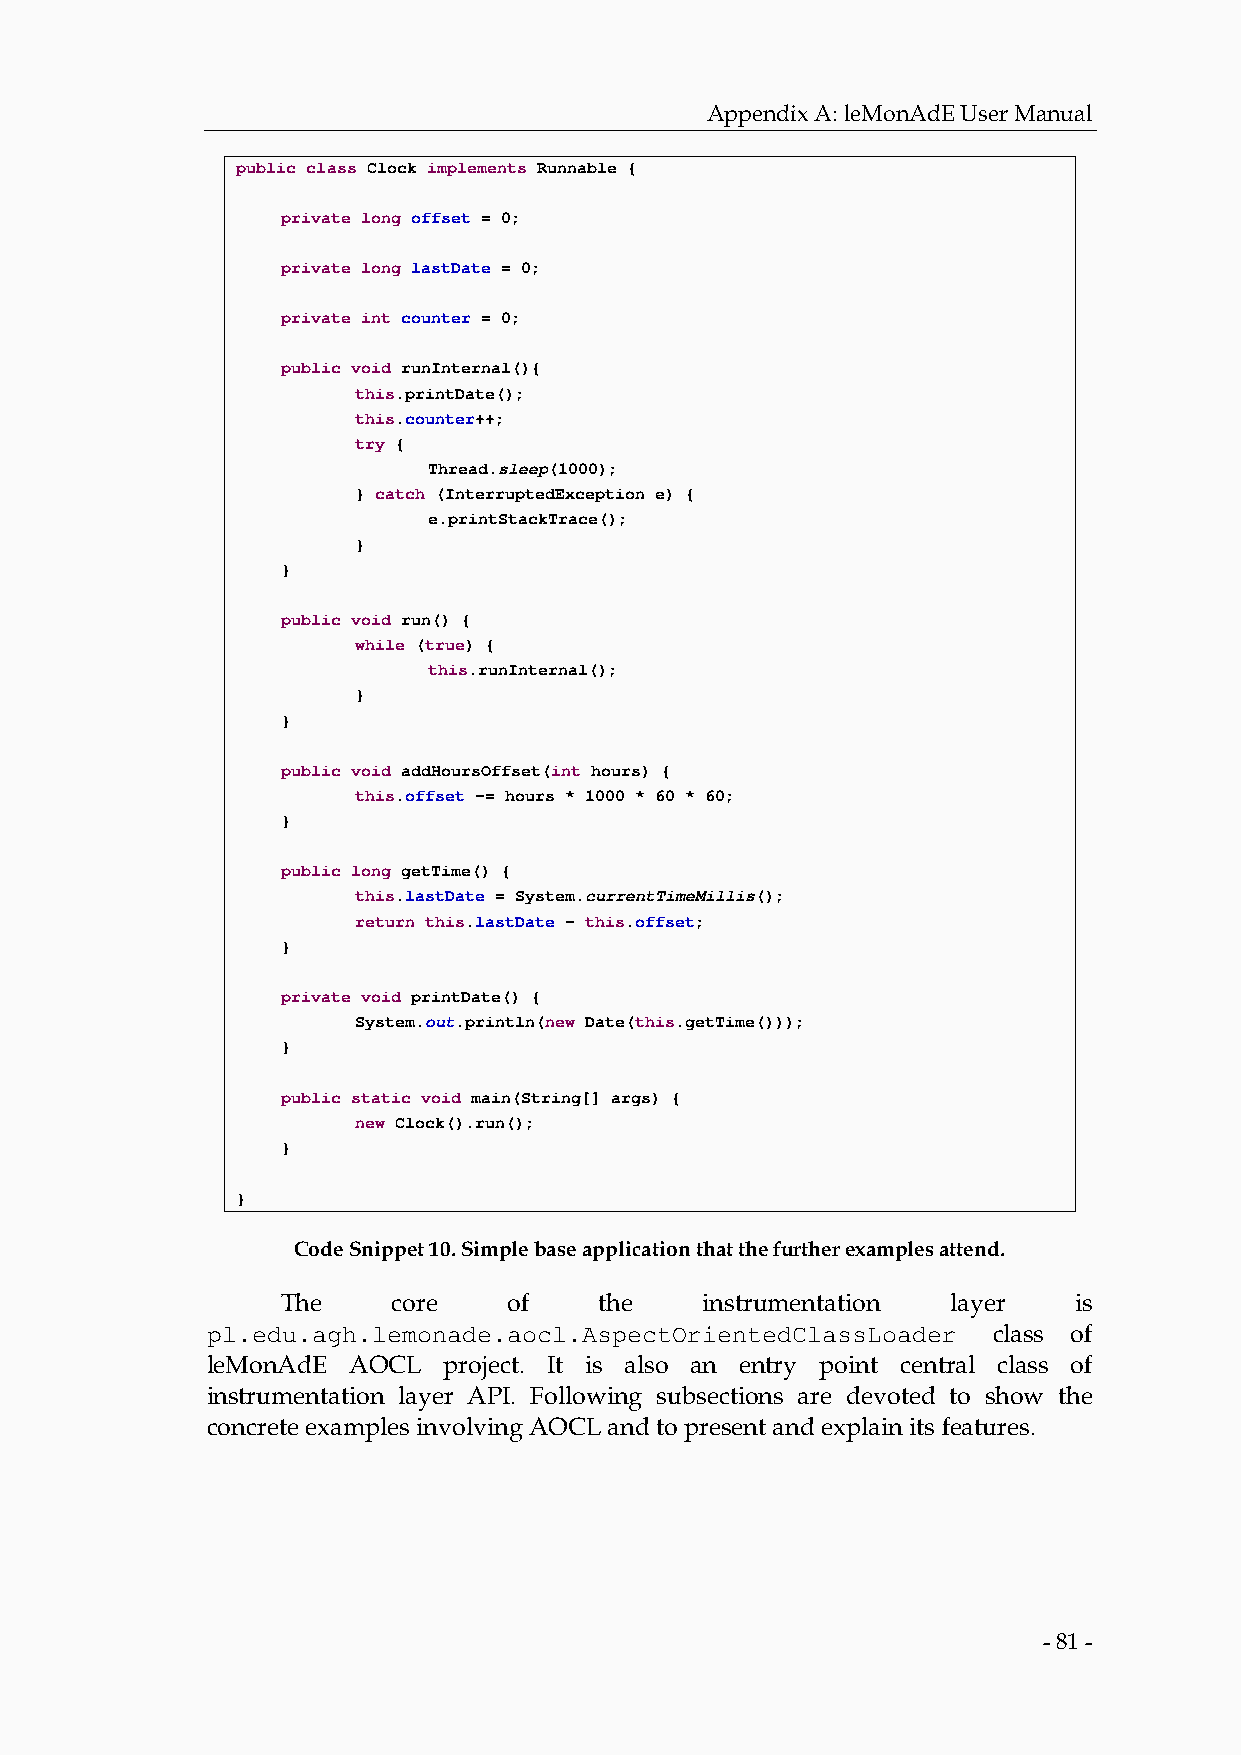
Appendix A: leMonAdE User Manual
 public class Clock implements Runnable {
 private long offset = 0;
 private long lastDate = 0;
 private int counter = 0;
 public void runInternal(){
 this.printDate();
 this.counter++;
 try {
 Thread.sleep(1000);
 } catch (InterruptedException e) {
 e.printStackTrace();
 }
 }
 public void run() {
 while (true) {
 this.runInternal();
 }
 }
 public void addHoursOffset(int hours) {
 this.offset -= hours * 1000 * 60 * 60;
 }
 public long getTime() {
 this.lastDate = System.currentTimeMillis();
 return this.lastDate - this.offset;
 }
 private void printDate() {
 System.out.println(new Date(this.getTime()));
 }
 public static void main(String[] args) {
 new Clock().run();
 }
 }
 Code Snippet 10. Simple base application that the further examples attend.
 The    core    of    the    instrumentation layer   is
 pl.edu.agh.lemonade.aocl.AspectOrientedClassLoader  class of
 leMonAdE AOCL  project. It is also an entry point central class of
 instrumentation layer API. Following subsections are devoted to show the
 concrete examples involving AOCL and to present and explain its features.
 - 81 -